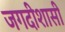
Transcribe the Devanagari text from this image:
जगदीशासी